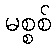
မစ္စစ်